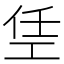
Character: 𫶭